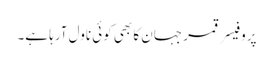
پروفیسر قمر جہان کا بھی کوئی ناول آرہا ہے۔